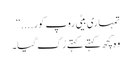
تمہاری بیٹی روپ کور....‘‘
وہ کچھ کہتے کہتے رُک گیا۔